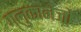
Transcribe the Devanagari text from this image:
ग्लुकानेजों